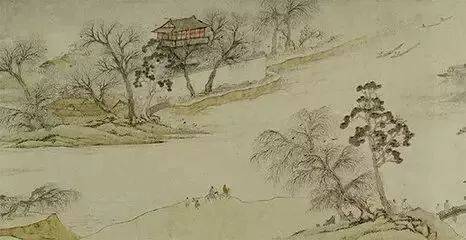
楼前绿暗分携路，一丝柳一寸柔情。